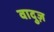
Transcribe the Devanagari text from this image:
वादुज़